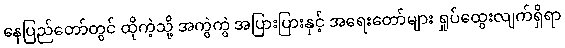
နေပြည်တော်တွင် ထိုကဲ့သို့ အကွဲကွဲ အပြားပြားနှင့် အရေးတော်များ ရှုပ်ထွေးလျက်ရှိရာ